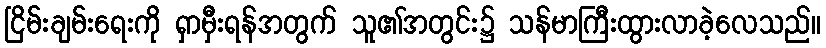
ငြိမ်းချမ်းရေးကို ရှာမှီးရန်အတွက် သူ၏အတွင်း၌ သန်မာကြီးထွားလာခဲ့လေသည်။